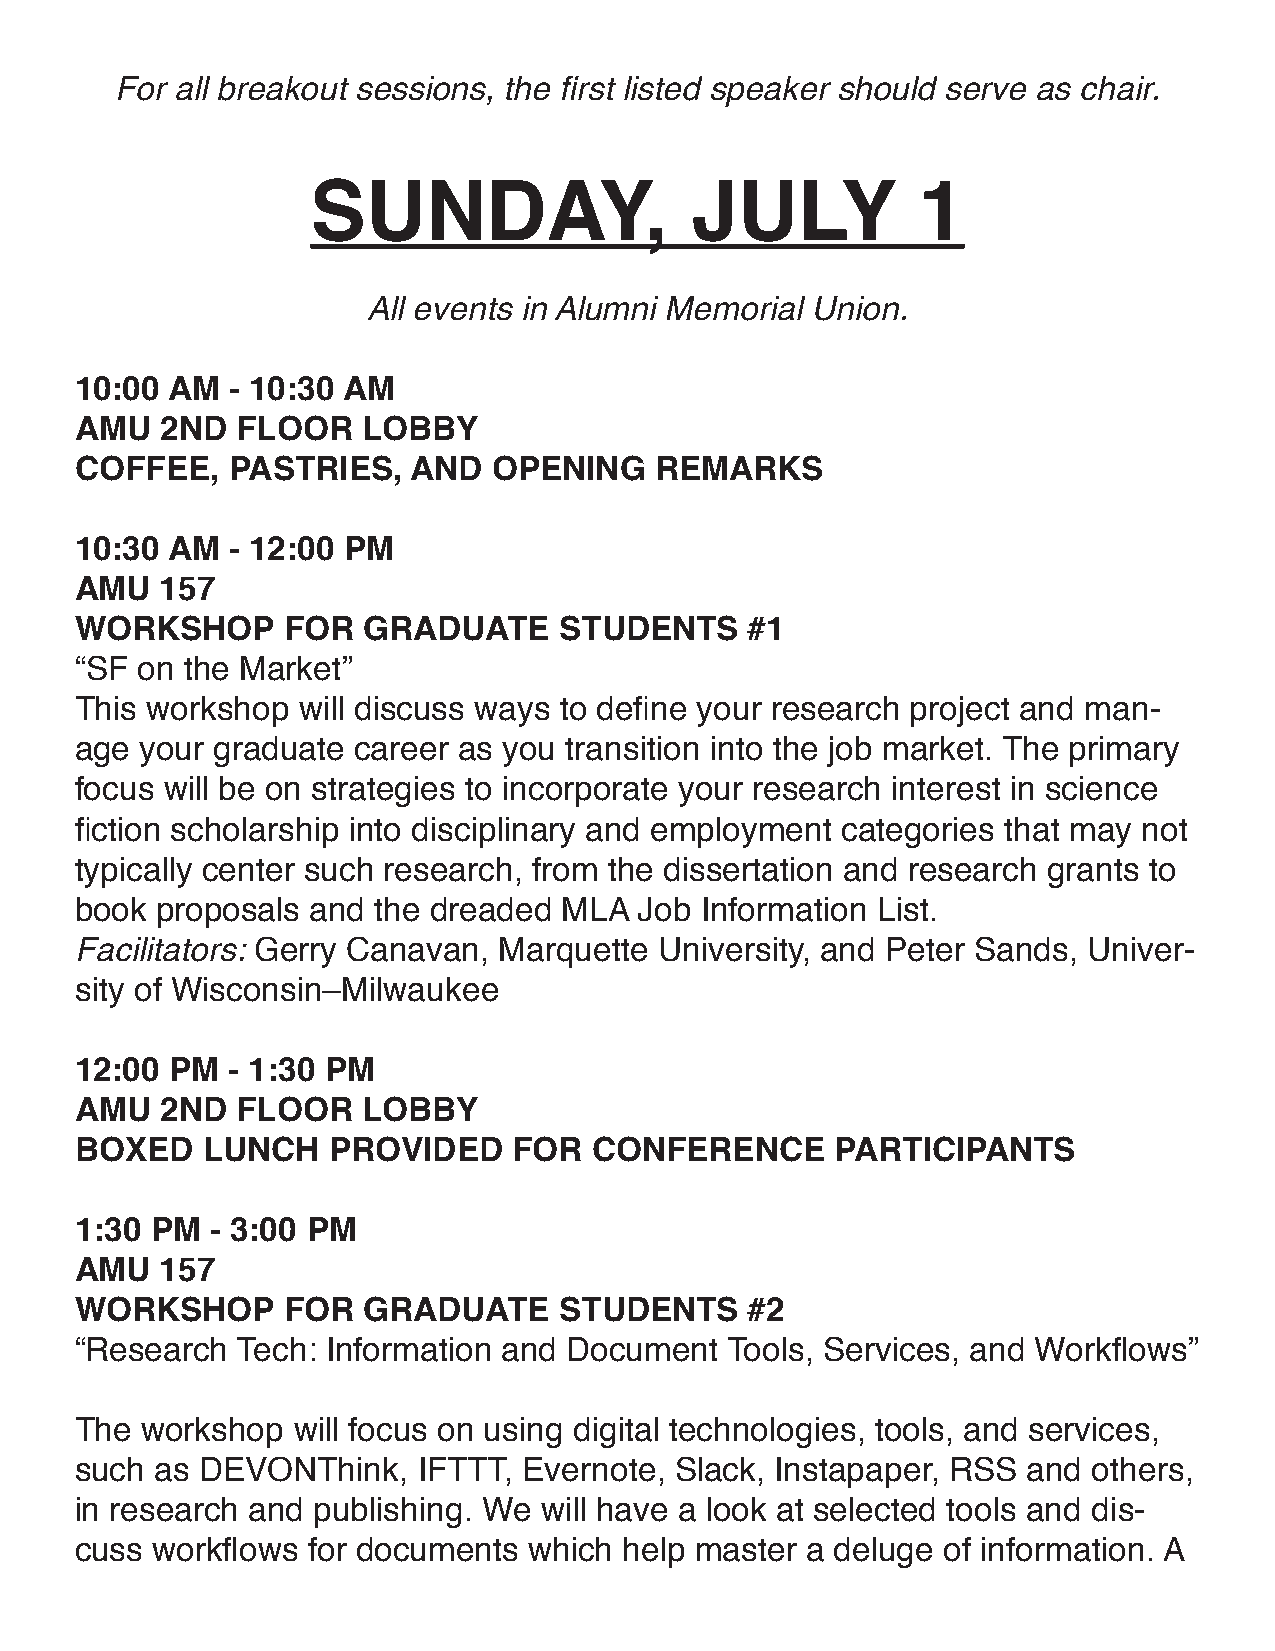
For all breakout sessions, the first listed speaker should serve as chair.
 SUNDAY,                  JULY           1
 All events in Alumni Memorial Union.
 10:00 AM  - 10:30 AM
 AMU   2ND  FLOOR   LOBBY
 COFFEE,   PASTRIES,   AND   OPENINg   REMARKS
 10:30 AM  - 12:00 PM
 AMU   157
 WORKSHOP      FOR  gRADUATE     STUDENTS     #1
 “SF on the Market”
 This workshop  will discuss ways to define your research project and man-
 age your graduate career as you transition into the job market. The primary
 focus will be on strategies to incorporate your research interest in science
 fiction scholarship into disciplinary and employment categories that may not
 typically center such research, from the dissertation and research grants to
 book proposals  and the dreaded MLA  Job Information List.
 Facilitators: Gerry Canavan, Marquette University, and Peter Sands, Univer-
 sity of Wisconsin–Milwaukee
 12:00 PM  - 1:30 PM
 AMU   2ND  FLOOR   LOBBY
 BOXED   LUNCH    PROVIDED    FOR  CONFERENCE      PARTICIPANTS
 1:30 PM  - 3:00 PM
 AMU   157
 WORKSHOP      FOR  gRADUATE     STUDENTS     #2
 “Research  Tech: Information and Document  Tools, Services, and Workflows”
 The workshop  will focus on using digital technologies, tools, and services,
 such as DEVONThink,    IFTTT, Evernote, Slack, Instapaper, RSS and others,
 in research and publishing. We will have a look at selected tools and dis-
 cuss workflows for documents  which help master a deluge of information. A